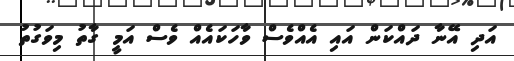
އަދި އޭނާ ދައްކަން އައި އެއްވެސް ވާހަކައެއް ވެސް އަމީ ގާތު މިވަގުތު